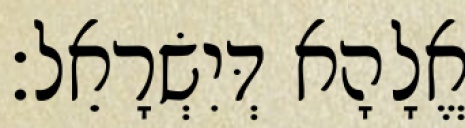
אֱלָהָא דְּיִשְׂרָאֵל׃